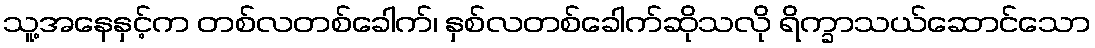
သူ့အနေနှင့်က တစ်လတစ်ခေါက်၊ နှစ်လတစ်ခေါက်ဆိုသလို ရိက္ခာသယ်ဆောင်သော